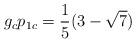
LaTeX: \begin{align*}g_c p_{1c}= \frac{1}{5} ({3 -\sqrt{7}})\end{align*}